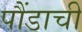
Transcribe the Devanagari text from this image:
पौंडाची